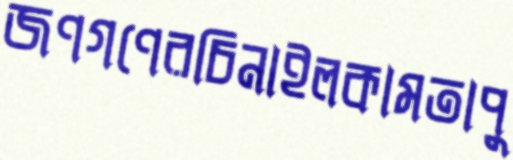
জণগণেরচিনাইলকামতাপু